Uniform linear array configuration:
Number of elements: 12
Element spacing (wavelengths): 1
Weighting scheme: exponential
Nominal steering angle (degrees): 0
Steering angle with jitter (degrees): -1.21
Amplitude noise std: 0.05
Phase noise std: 0.05

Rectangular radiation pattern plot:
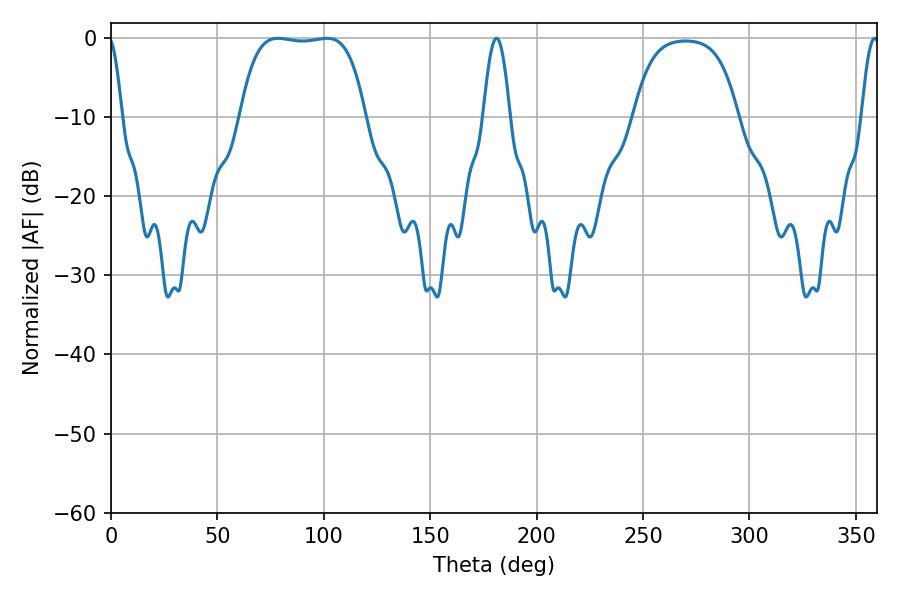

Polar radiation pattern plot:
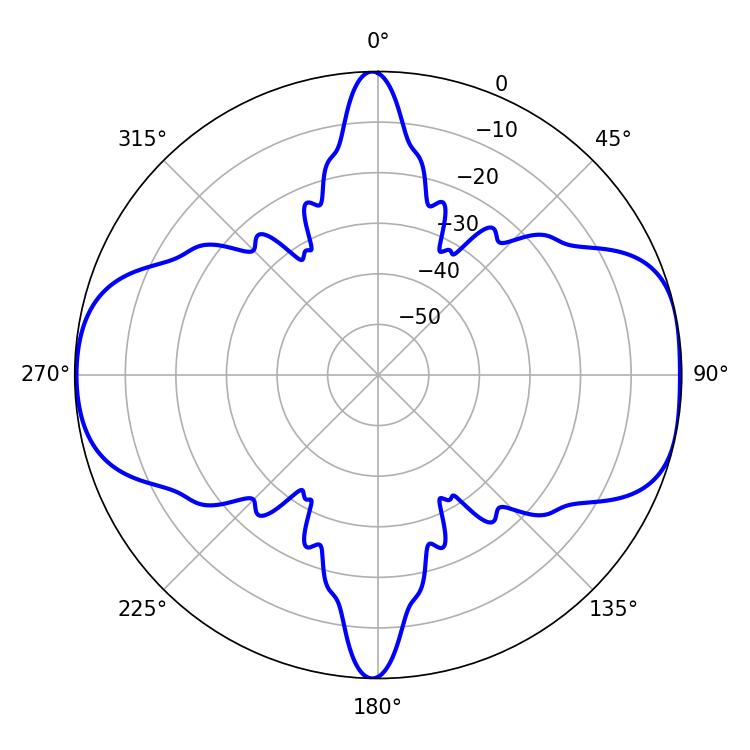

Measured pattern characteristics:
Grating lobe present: TRUE
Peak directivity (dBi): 9.406
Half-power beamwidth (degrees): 46.08
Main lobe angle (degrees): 78.48